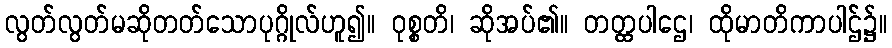
လွတ်လွတ်မဆိုတတ်သောပုဂ္ဂိုလ်ဟူ၍။ ဝုစ္စတိ၊ ဆိုအပ်၏။ တတ္ထပါဌေ၊ ထိုမာတိကာပါဌ်၌။